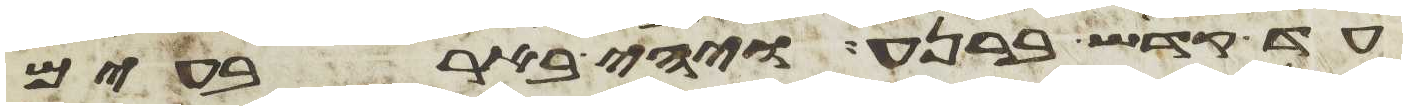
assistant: עד קדש ברנע ויהי בארבעים